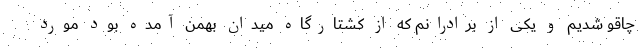
چاقو شدیم و یکی از برادرانم که از کشتارگاه میدان بهمن آمده بود مورد